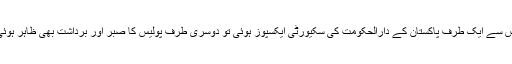
اس سے ایک طرف پاکستان کے دارالحکومت کی سکیورٹی ایکسپوز ہوئی تو دوسری طرف پولیس کا صبر اور برداشت بھی ظاہر ہوئی۔